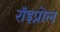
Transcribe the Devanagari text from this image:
रॉइप्नोल